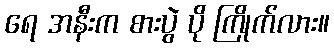
ရေ အနီးက စားပွဲ ပို ကြိုက်လား။